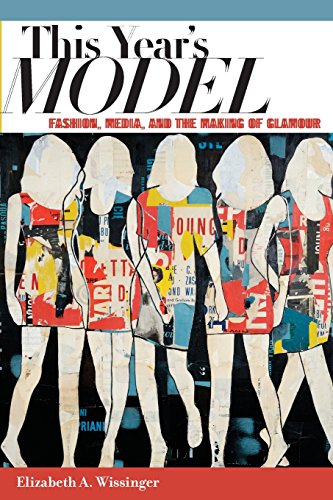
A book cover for This Year's Model: Fashion, Media, and the Making of Glamour; Elizabeth Wissinger; Arts & Photography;